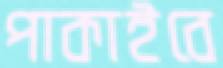
পাকাইবে